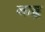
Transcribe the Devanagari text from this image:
नाड्ड